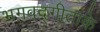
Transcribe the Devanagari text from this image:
भगवद्गीताके